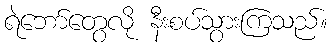
ရဲဘော်တွေလို နီးစပ်သွားကြသည်။